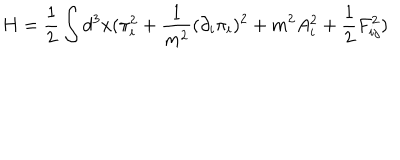
H = \frac { 1 } { 2 } \int d ^ { 3 } x ( \pi _ { i } ^ { 2 } + \frac { 1 } { m ^ { 2 } } ( \partial _ { i } \pi _ { i } ) ^ { 2 } + m ^ { 2 } A _ { i } ^ { 2 } + \frac { 1 } { 2 } F _ { i j } ^ { 2 } ) \nonumber